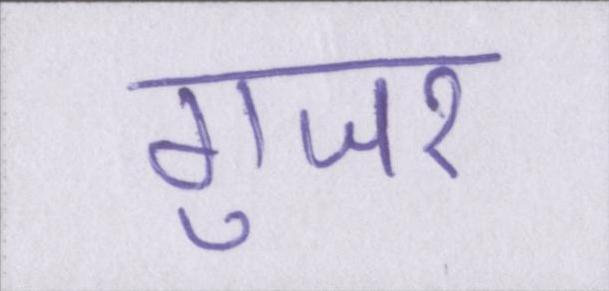
गुजर